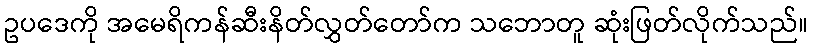
ဥပဒေကို အမေရိကန်ဆီးနိတ်လွှတ်တော်က သဘောတူ ဆုံးဖြတ်လိုက်သည်။